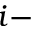
i -